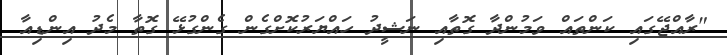
"ރާއްޖޭގައި ކަންތައް ވަމުންދާ ގޮތާއި ނަޝީދު ހައްޔަރުކޮށްގެން ގެންގުޅޭ ގޮތާ މެދު އިންޑިއާ